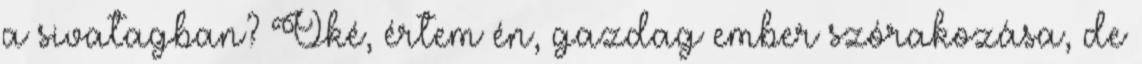
a sivatagban? Oké, értem én, gazdag ember szórakozása, de